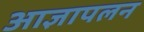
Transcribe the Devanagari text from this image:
आज्ञापलन